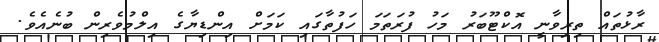
ރާޅުތައް ތިރިވާނީ އޮކްޓޫބަރު މަހު ފުރަތަމަ ހަފުތާގައި ކަމަށް އިންޑިޔާގެ އިލްމުވެރިން ބުނެއެވެ.